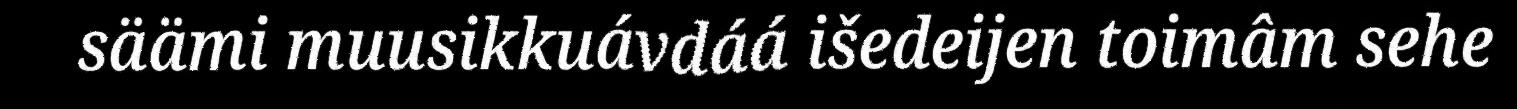
säämi muusikkuávdáá išedeijen toimâm sehe